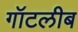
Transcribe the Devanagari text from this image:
गॉटलीब